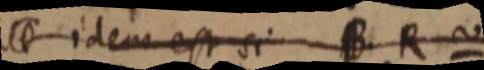
_ idem est si B R ~